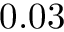
0 . 0 3